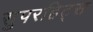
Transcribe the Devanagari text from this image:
सुपरहिट्स